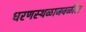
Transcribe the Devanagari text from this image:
धरणस्थळाजवळील